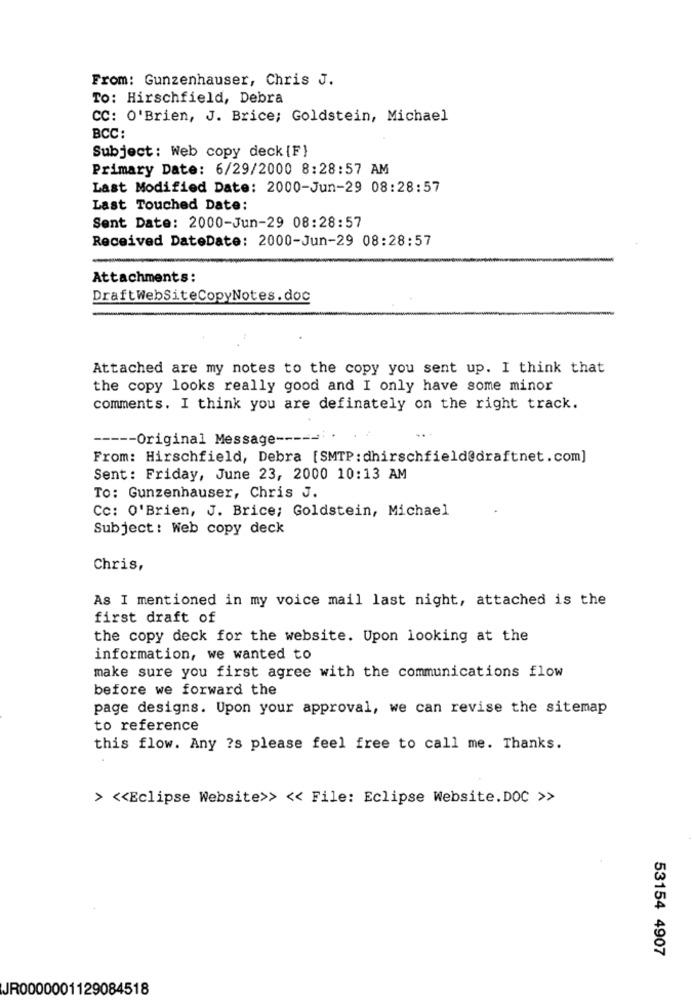
From: Gunzenhauser, Chris J.
To: Hirschfield, Debra
CC: O'Brien, J. Brice; Goldstein, Michael
BCC:
Subject: Web copy deck {F}
Primary Date: 6/29/2000 8:28:57 AM
Last Modified Date: 2000-Jun-29 08:28:57
Last Touched Date:
Sent Date: 2000-Jun-29 08:28:57
Received DateDate: 2000-Jun-29 08:28:57
Attachments:
DraftWebSiteCopyNotes.doc
Attached are my notes to the copy you sent up. I think that
the copy looks really good and I only have some minor
comments. I think you are definately on the right track.
----- Original Message -----
From: Hirschfield, Debra [SMTP: dhirschfield@draftnet.com]
Sent: Friday, June 23, 2000 10:13 AM
To: Gunzenhauser, Chris J.
Cc: O'Brien, J. Brice; Goldstein, Michael
Subject: Web copy deck
Chris,
As I mentioned in my voice mail last night, attached is the
first draft of
the copy deck for the website. Upon looking at the
information, we wanted to
make sure you first agree with the communications flow
before we forward the
page designs. Upon your approval, we can revise the sitemap
to reference
this flow. Any ?s please feel free to call me. Thanks.
> << Eclipse Website>> << File: Eclipse Website.DOC >>
53154 4907
JR0000001129084518